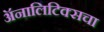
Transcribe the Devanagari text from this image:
ॲनालिटिक्सचा